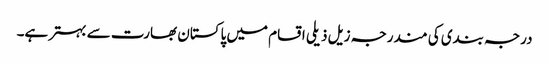
درجہ بندی کی مندرجہ زیل ذیلی اقسام میں پاکستان بھارت سے بہتر ہے۔